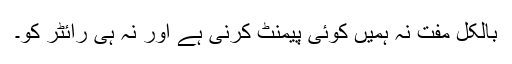
بالکل مفت نہ ہمیں کوئی پیمنٹ کرنی ہے اور نہ ہی رائٹر کو۔